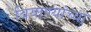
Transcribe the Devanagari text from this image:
बियाण्यांच्या